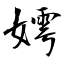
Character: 嫮